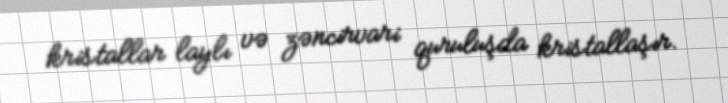
kristallar laylı və zəncirvari quruluşda kristallaşır.